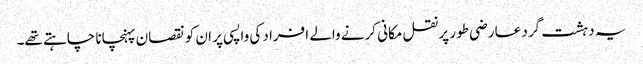
یہ دہشت گرد عارضی طور پر نقل مکانی کرنے والے افراد کی واپسی پر ان کو نقصان پہنچانا چاہتے تھے۔